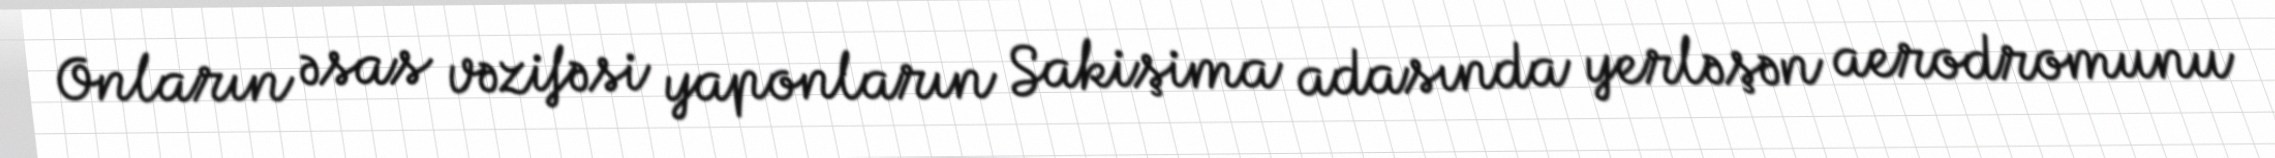
Onların əsas vəzifəsi yaponların Sakişima adasında yerləşən aerodromunu